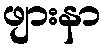
ဖျားနာ